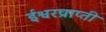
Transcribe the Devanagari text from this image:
ईश्वरप्राप्‍ती